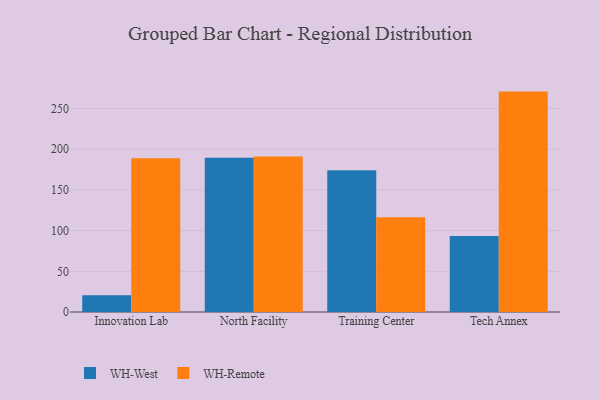
{"axis": {"x": "Campus", "y": "Humidity (%)"}, "legend": ["WH-Remote", "WH-West"], "data": [{"x": "Innovation Lab", "y": 20.7, "type": "WH-West"}, {"x": "Innovation Lab", "y": 189.0, "type": "WH-Remote"}, {"x": "North Facility", "y": 189.5, "type": "WH-West"}, {"x": "North Facility", "y": 191.2, "type": "WH-Remote"}, {"x": "Training Center", "y": 174.3, "type": "WH-West"}, {"x": "Training Center", "y": 116.4, "type": "WH-Remote"}, {"x": "Tech Annex", "y": 93.4, "type": "WH-West"}, {"x": "Tech Annex", "y": 270.9, "type": "WH-Remote"}]}